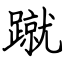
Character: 蹴